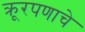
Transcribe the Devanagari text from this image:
क्रूरपणाचे